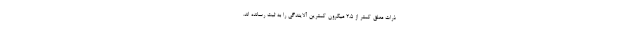
ذرات معلق کمتر از ۲.۵ میکرون کمترین آلایندگی را به ثبت رسانده اند.